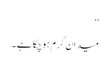
‘‘
میدان گرم ہوچکا ہے۔